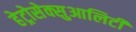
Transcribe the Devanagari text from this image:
हेट्रोसेक्सुआलिटी